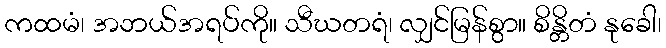
ကထမံ၊ အဘယ်အရပ်ကို။ သီဃတရံ၊ လျှင်မြန်စွာ။ စိန္တိတံ နုခေါ၊